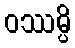
ဝဿမ္ပိ